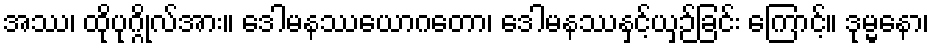
အဿ၊ ထိုပုဂ္ဂိုလ်အား။ ဒေါမနဿယောဂတော၊ ဒေါမနဿနှင့်ယှဉ်ခြင်း ကြောင့်။ ဒုမ္မနော၊